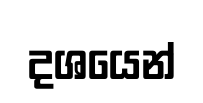
දශයෙන්